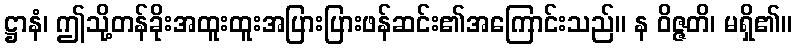
ဋ္ဌာနံ၊ ဤသို့တန်ခိုးအထူးထူးအပြားပြားဖန်ဆင်း၏အကြောင်းသည်။ န ဝိဇ္ဇတိ၊ မရှိ၏။